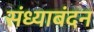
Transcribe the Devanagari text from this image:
संध्याबंदन